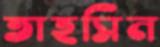
তাহসিন